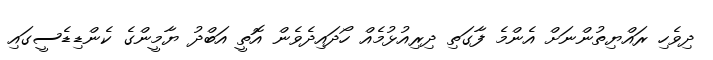
ދިވެހި ރައްޔިތުންނަށް އެންމެ ފާގަތި ދިރިއުޅުމެއް ހޯދައިދެވެން އޮތީ އަބްދު ޔާމީންގެ ކެންޑިޑެސީގައި